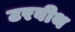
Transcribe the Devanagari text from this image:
टरबीथ